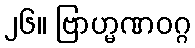
၂၆။ ဗြာဟ္မဏဝဂ္ဂ